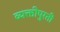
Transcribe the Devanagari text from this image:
व्यक्तीपुरती